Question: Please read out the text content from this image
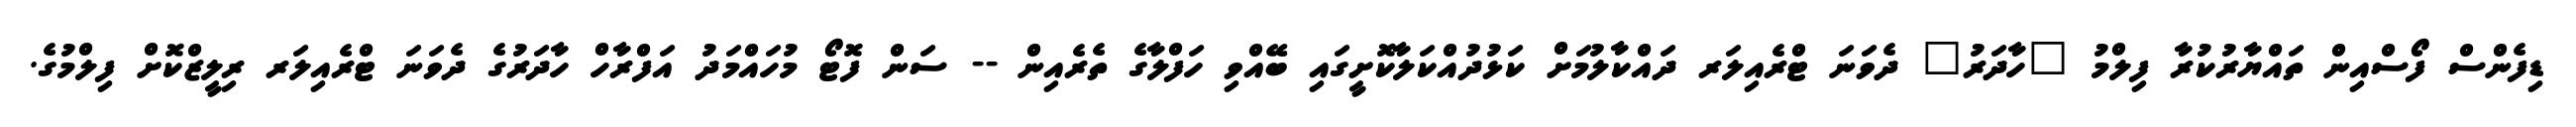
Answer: ޑިފެންސް ފޯސްއިން ތައްޔާރުކުރާ ފިލްމު "ހާދަރު" ދެވަނަ ޓްރެއިލަރ ދައްކާލުމަށް ކަޅުދުއްކަލާކޮށީގައި ބޭއްވި ހަފްލާގެ ތެރެއިން -- ސަން ފޮޓޯ މުހައްމަދު އަފްރާހް ހާދަރުގެ ދެވަނަ ޓްރެއިލަރ ރިލީޒްކޮށް ފިލްމުގެ.